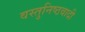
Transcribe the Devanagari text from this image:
वस्तुनिष्ठवादी